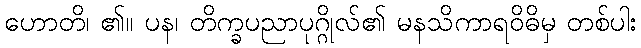
ဟောတိ၊ ၏။ ပန၊ တိက္ခပညာပုဂ္ဂိုလ်၏ မနသိကာရဝိဓိမှ တစ်ပါး